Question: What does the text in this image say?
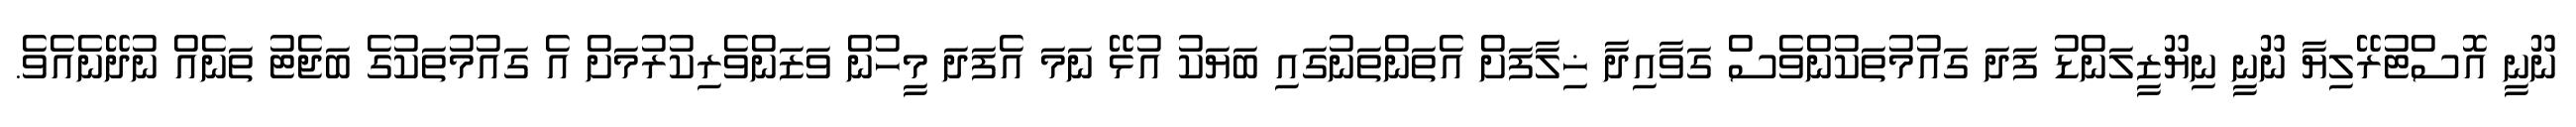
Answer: ނޫނީ އޮސްޓުރޭލިޔާ ނޫނީ ނިޔޫޒީލަންޑު ފަދަ ގައުމުތަކުންވެސް ގަވާއިދާ ޚިލާފަށް އެތަންތަނުގައި ބަޔަކު އުޅޭ ނަމަ އެފަދަ މީހުން ވަޒަންވެރިކުރުމަށް އެ ގައުމުތަކުގެ ބަޖެޓު ތަނެއް ނުދޭނެއެވެ.